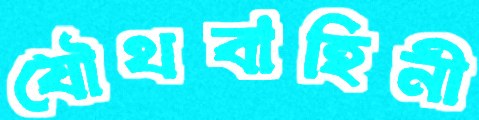
যৌথবাহিনী